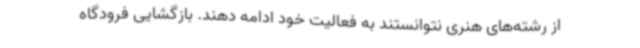
از رشته‌های هنری نتوانستند به فعالیت خود ادامه دهند. بازگشایی فرودگاه